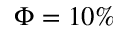
\Phi = 1 0 \%